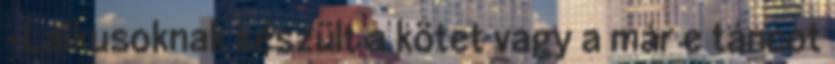
-Laikusoknak készült a kötet vagy a már e táncot